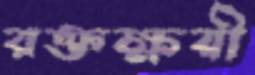
রক্তক্ষয়ী